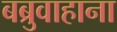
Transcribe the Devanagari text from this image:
बब्रुवाहाना